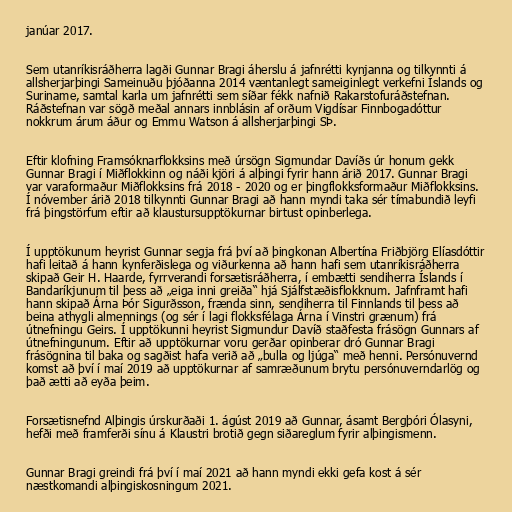
janúar 2017.

Sem utanríkisráðherra lagði Gunnar Bragi áherslu á jafnrétti kynjanna og tilkynnti á
allsherjarþingi Sameinuðu þjóðanna 2014 væntanlegt sameiginlegt verkefni Íslands og
Suriname, samtal karla um jafnrétti sem síðar fékk nafnið Rakarstofuráðstefnan.
Ráðstefnan var sögð meðal annars innblásin af orðum Vigdísar Finnbogadóttur
nokkrum árum áður og Emmu Watson á allsherjarþingi SÞ.

Eftir klofning Framsóknarflokksins með úrsögn Sigmundar Davíðs úr honum gekk
Gunnar Bragi í Miðflokkinn og náði kjöri á alþingi fyrir hann árið 2017. Gunnar Bragi
var varaformaður Miðflokksins frá 2018 - 2020 og er þingflokksformaður Miðflokksins.
Í nóvember árið 2018 tilkynnti Gunnar Bragi að hann myndi taka sér tímabundið leyfi
frá þingstörfum eftir að klaustursupptökurnar birtust opinberlega.

Í upptökunum heyrist Gunnar segja frá því að þingkonan Albertína Friðbjörg Elíasdóttir
hafi leitað á hann kynferðislega og viðurkenna að hann hafi sem utanríkisráðherra
skipað Geir H. Haarde, fyrrverandi forsætisráðherra, í embætti sendiherra Íslands í
Bandaríkjunum til þess að „eiga inni greiða“ hjá Sjálfstæðisflokknum. Jafnframt hafi
hann skipað Árna Þór Sigurðsson, frænda sinn, sendiherra til Finnlands til þess að
beina athygli almennings (og sér í lagi flokksfélaga Árna í Vinstri grænum) frá
útnefningu Geirs. Í upptökunni heyrist Sigmundur Davíð staðfesta frásögn Gunnars af
útnefningunum. Eftir að upptökurnar voru gerðar opinberar dró Gunnar Bragi
frásögnina til baka og sagðist hafa verið að „bulla og ljúga“ með henni. Persónuvernd
komst að því í maí 2019 að upptökurnar af samræðunum brytu persónuverndarlög og
það ætti að eyða þeim.

Forsætisnefnd Alþingis úrskurðaði 1. ágúst 2019 að Gunnar, ásamt Bergþóri Ólasyni,
hefði með framferði sínu á Klaustri brotið gegn siðareglum fyrir alþingismenn.

Gunnar Bragi greindi frá því í maí 2021 að hann myndi ekki gefa kost á sér
næstkomandi alþingiskosningum 2021.